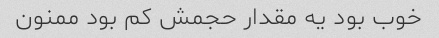
خوب بود یه مقدار حجمش کم بود ممنون